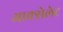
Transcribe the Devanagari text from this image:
आक्सेलेट